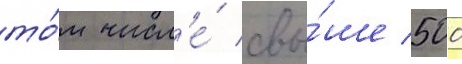
то́м числ'е́ свы́ше 500